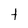
Character: t